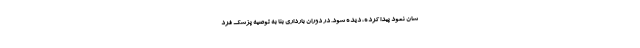
شان نمود پیدا کرده، دیده شود. در دوران بارداری بنا به توصیه پزشک فرد